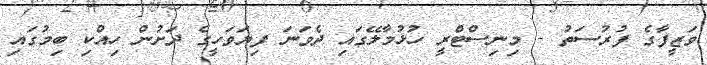
ވަޒީފާގެ ފުރުސަތު - މިނިސްޓްރީ ހުޅުމާލޭގައި ދެވަނަ ފިޔަވަހީގެ ދަށުން ހިއްކި ބިމުގައި